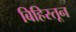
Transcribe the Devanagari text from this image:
बिहिस्तून